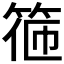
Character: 𥮃